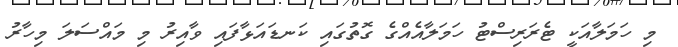
މި ހަމަލާއަކީ ޓެރަރިސްޓު ހަމަލާއެއްގެ ގޮތުގައި ކަނޑައަޅާފައި ވާއިރު މި މައްސަލަ މިހާރު